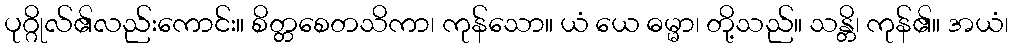
ပုဂ္ဂိုလ်၏လည်းကောင်း။ စိတ္တစေတသိကာ၊ ကုန်သော။ ယံ ယေ ဓမ္မာ၊ တို့သည်။ သန္တိ၊ ကုန်၏။ အယံ၊